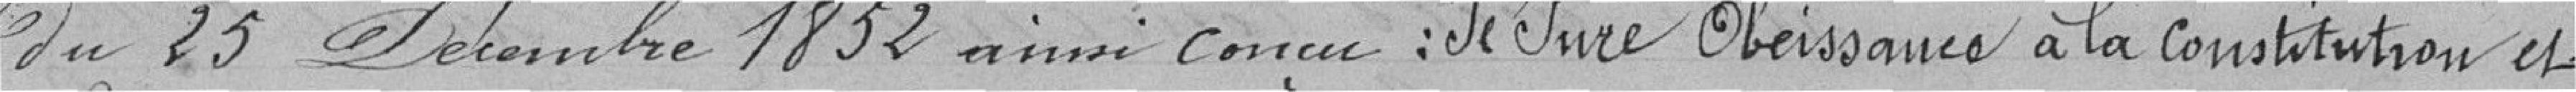
du 25 décembre 1852 ainsi conçu : je jure obéissance à la constitution et